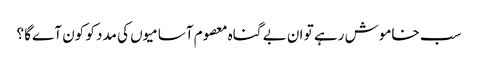
سب خاموش رہے تو ان بے گناہ معصوم آسامیوں کی مدد کو کون آےگا ؟